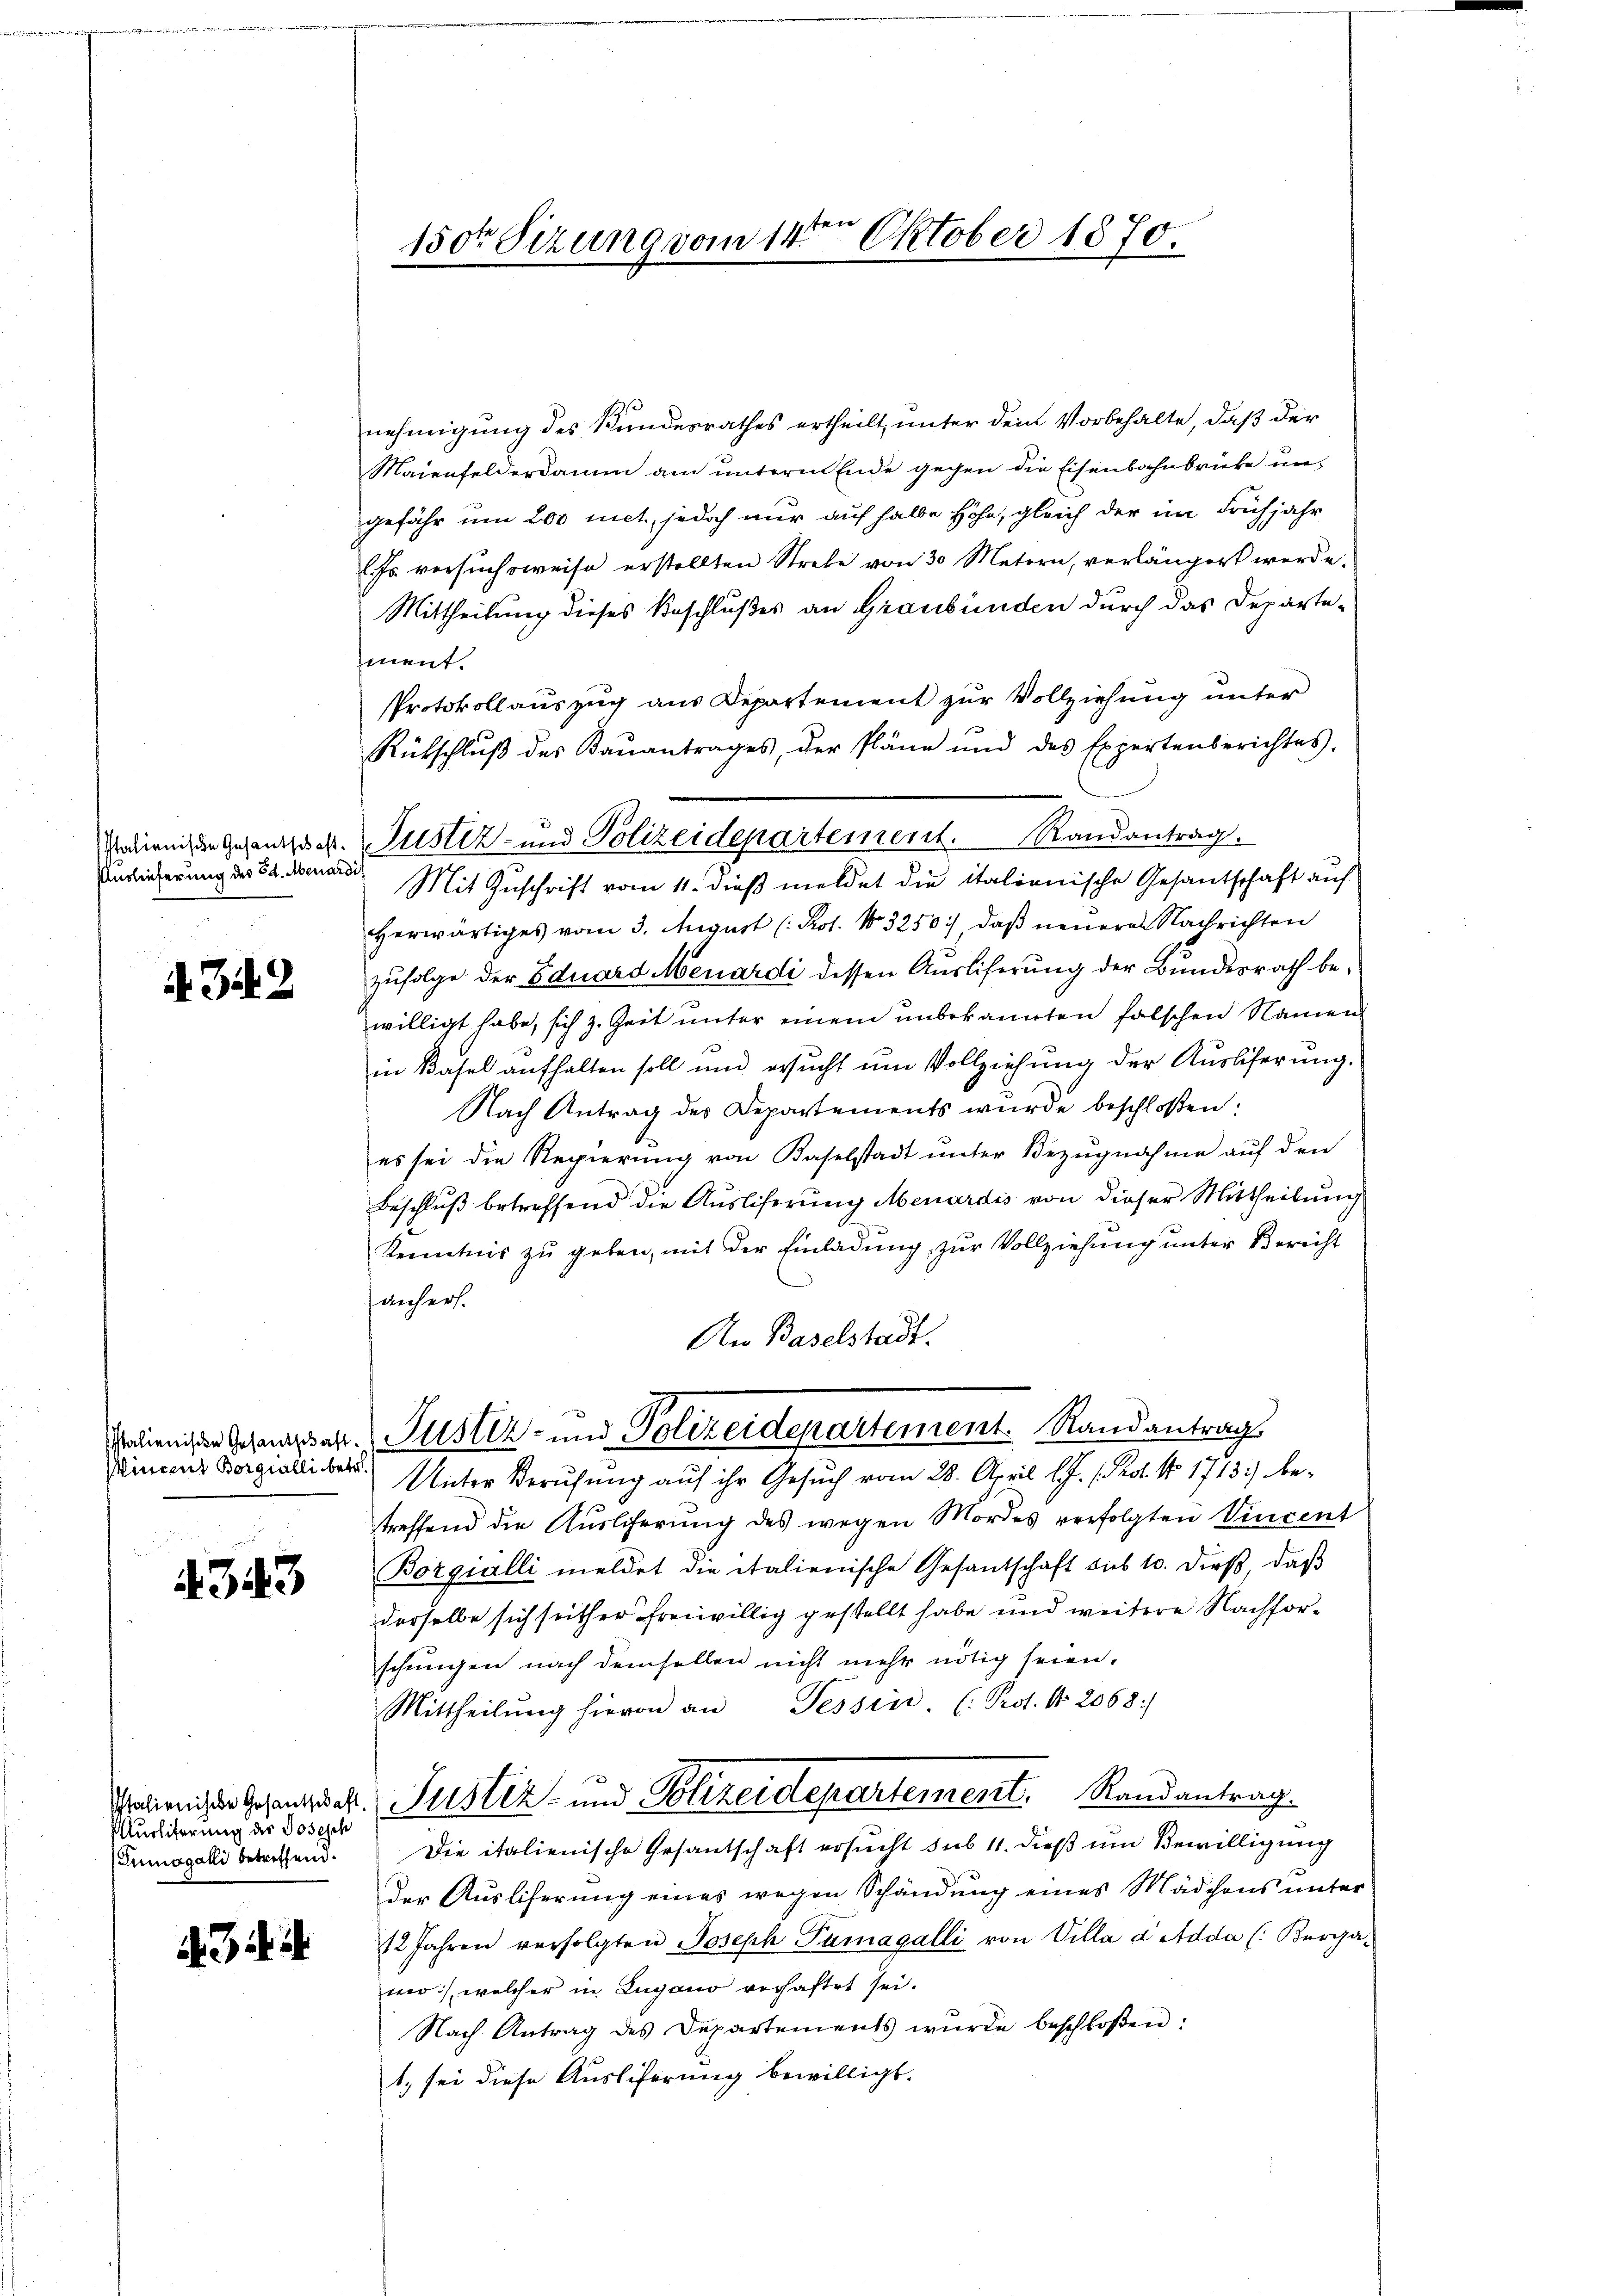
Auslieferung des Ed. Menardis

A 342

Wincent Borgialli betr.

4343

Ausliterung die Josesch
Tumogalli betreffend.

d.34

1sten
150ten Sizung vom 14. Oktober 1870.

nehmigung des Kundesrathes ertheilt, unter dem Vorbehalte, daß der
Maienfelderdamm am unterm Ende gegen die Eisenbahnbrücke ungefähr um 200 mit, jedoch nur auf halbe Höhe, gleich der im Frühjahr
(fr. versuchsweise erstellten Strebe von 30 Metern, verlängert werde.
Mittheilung dieses Beschlußes an Graubünden durch das Departeiment.
Protokollauszug aus Departement zur Vollziehung unter
Rütschluß des Kaŭantrages, der Pläne und des Expertenberichtes,
Mit Zuschrift vom 11. dieß meldet die italionische Gesantschaft auf
herwärtiges vom 3. August (Kot. No. 3250 :/ daβ neŭerer Nachrichten
zufolge der Eduard Menardi dessen Ausliferung der Bundesrath bewilligt habe, sich z. Zeit unter einem unbekannten falschen Namen
in Basel aufhalten soll und ersucht um Vollziehung der Auslieferung.
Nach Antrag des Departements wurde beschloßen:
es sei die Regierung von Baselstadt unter Bezugnahme auf den
Beschlŭβ betreffend die Ausliferung Menardis von dieser Mittheilung
Kenntnis zu geben, mit der Einladung zur Vollziehung unter Bericht
anhers.
An Baselstadt.
Palienissen Schausser Justiz- und Polizeidepartement. Randantrag
Unter Berufung auf ihr Gesuch vom 28. April l. J. (Prot. No 1713) betreffend die Auslicherung des wegen Mordes verfolgten Vincent
Borgialli meldet die italienische Gesantschaft des 10. dieβ, daβ
derselbe sich seither freiwillig gestellt habe und weitere Nachforschungen nach demselben nicht mehr nötig seien.
Mittheilŭng hievon an Tessin (Prot. No. 2068:
Walienisses Gesanbruck. Justiz- und Polizeidepartement, Randantrag.
Die italienische Gesandtschaft ersucht sub 11. dieß um Bewilligung
Der Ausliferung eines wegen Schändung eines Mädchens unter¬
12 Jahren verfolgten Joseph Paragalli von Villa a Adda (: Bergamo:/ welcher in Lugano verhaftet sei.
Nach Antrag des Departements wŭrde beschloßen:
1. sei diese Ausliferung bewilligt.

Nedienischen Gesandter Justiz- und Polizeidepartement. Randantrag.